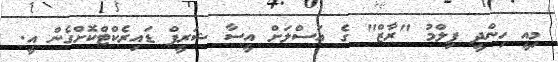
މިއީ ހިންދީ ފިލްމު "ރާޒް" ގެ އަސްލަށް އީސާ ޝަރީފް ޑައިރެކްޓްކޮށްގެން އީ.